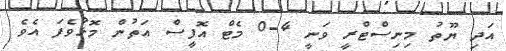
އަދި ޔޫތު މިނިސްޓްރީ ވަނީ 4-0 މެޓް އޮފީސް އަތުން މޮޅުވެފަ އެވެ